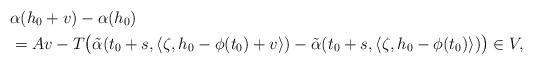
LaTeX: \begin{align*}&\alpha(h_0 + v) - \alpha(h_0) \\ &= Av - T \big(\tilde{\alpha}(t_0 + s, \langle \zeta, h_0 - \phi(t_0) + v \rangle) - \tilde{\alpha}(t_0 + s, \langle \zeta, h_0 - \phi(t_0) \rangle ) \big) \in V,\end{align*}